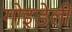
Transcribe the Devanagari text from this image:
गोइडेली